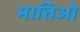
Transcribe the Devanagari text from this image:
मात्तिओ